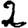
Digit: 2